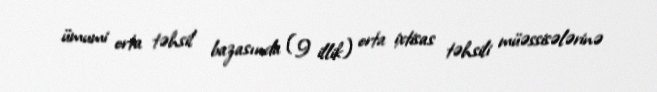
ümumi orta təhsil bazasında (9 illik) orta ixtisas təhsili müəssisələrinə